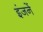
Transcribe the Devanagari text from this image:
इंजनें